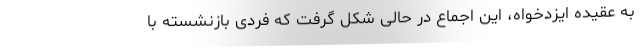
به عقیده ایزدخواه، این اجماع در حالی شکل گرفت که فردی بازنشسته با